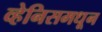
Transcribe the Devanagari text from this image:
व्हेनिसमधून